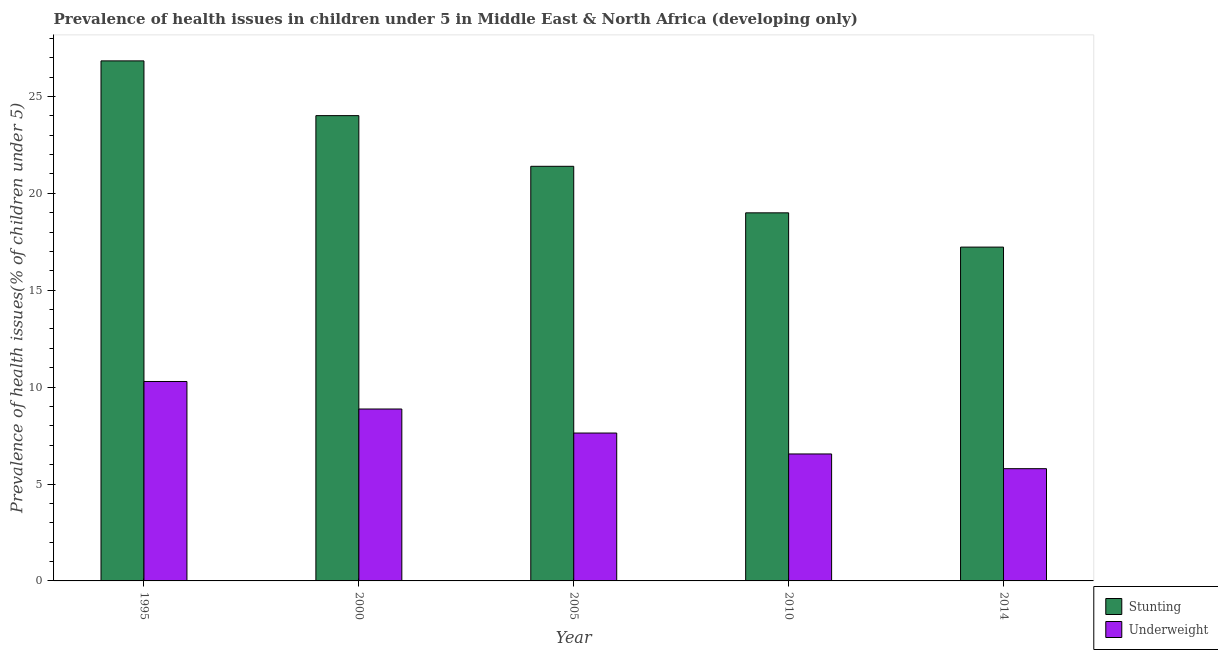
| Year | Stunting | Underweight |
 | --- | --- | --- |
 | 1995 | 26.8 | 10.3 |
 | 2000 | 24 | 8.87 |
 | 2005 | 21.4 | 7.63 |
 | 2010 | 19 | 6.55 |
 | 2014 | 17.2 | 5.79 |